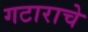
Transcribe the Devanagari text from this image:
गटाराचे